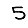
Digit: 5